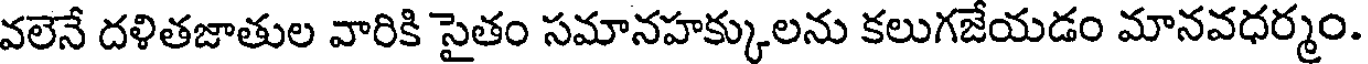
వలెనే దళితజాతుల వారికి సైతం సమానహక్కులను కలుగజేయడం మానవధర్మం.